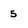
Character: 5